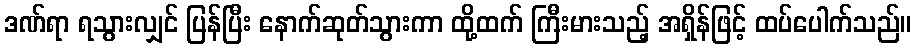
ဒဏ်ရာ ရသွားလျှင် ပြန်ပြီး နောက်ဆုတ်သွားကာ ထို့ထက် ကြီးမားသည့် အရှိန်ဖြင့် ထပ်ပေါက်သည်။